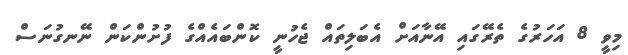
މިވީ 8 އަހަރުގެ ތެރޭގައި އޭނާއަށް އެބަލިތައް ޖެހުނީ ކޮންބައެއްގެ ފުށުންކަން ނޭނގުނަސް